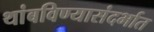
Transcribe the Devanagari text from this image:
थांबविण्यासंदर्भात